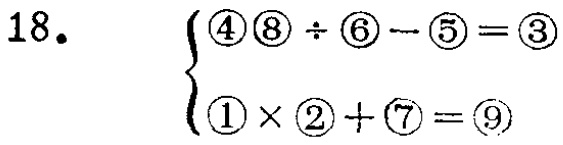
18.

\[\begin{cases}

\textcircled{4}\textcircled{8} \div \textcircled{6} - \textcircled{5} = \textcircled{3}\\

\textcircled{1} \times \textcircled{2} + \textcircled{7} = \textcircled{9}

\end{cases}\]